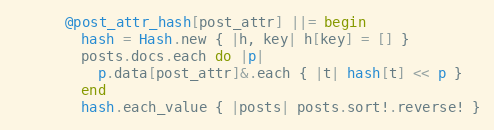
Language: Ruby
      @post_attr_hash[post_attr] ||= begin
        hash = Hash.new { |h, key| h[key] = [] }
        posts.docs.each do |p|
          p.data[post_attr]&.each { |t| hash[t] << p }
        end
        hash.each_value { |posts| posts.sort!.reverse! }